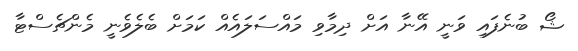
ޝޯ ބުނެފައި ވަނީ އޭނާ އަށް ދިމާވި މައްސަލައެއް ކަމަށް ބެލެވެނީ މެންޗެސްޓާ